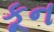
કૂન